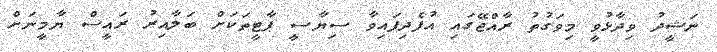
ނަޝީދު ވިދާޅުވީ މިވަގުތު ރާއްޖޭގައި އުފެދިފައިވާ ސިޔާސީ ޕާޓީތަކަށް ބަލާއިރު ރައީސް ޔާމީނަށް